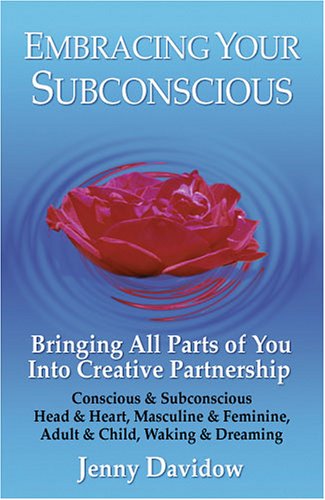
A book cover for Embracing Your Subconscious: Bringing All Parts of You into Creative Partnership; Jenny Davidow; Self-Help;